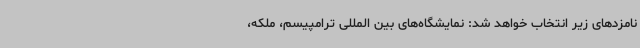
نامزدهای زیر انتخاب خواهد شد: نمایشگاه‌های بین المللی ترامپیسم، ملکه،